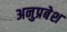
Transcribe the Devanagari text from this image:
अनुप्रबेश